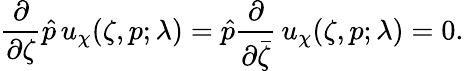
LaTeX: \frac\partial{\partial\zeta}\hat{p}\, u_{\chi}(\zeta,p;\lambda)=\hat{p}\frac\partial{\partial\bar{\zeta}}\, u_{\chi}(\zeta,p;\lambda)=0.